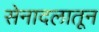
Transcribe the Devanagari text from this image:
सेनादलातून